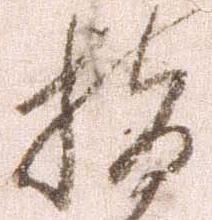
指